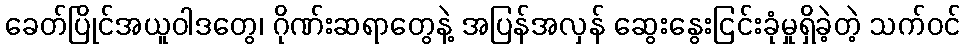
ခေတ်ပြိုင်အယူဝါဒတွေ၊ ဂိုဏ်းဆရာတွေနဲ့ အပြန်အလှန် ဆွေးနွေးငြင်းခုံမှုရှိခဲ့တဲ့ သက်ဝင်